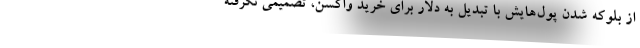
از بلوکه شدن پول‌هایش با تبدیل به دلار برای خرید واکسن، تصمیمی نگرفته